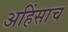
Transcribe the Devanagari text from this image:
अहिंसाच